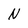
Character: N